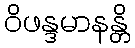
ဝိဖန္ဒမာနန္တိ